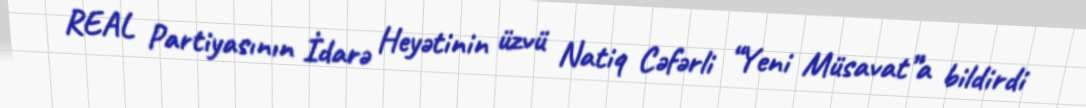
REAL Partiyasının İdarə Heyətinin üzvü Natiq Cəfərli “Yeni Müsavat”a bildirdi